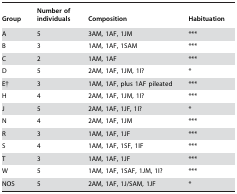
<table><thead><tr><td><b>Group</b></td><td><b>Number of individuals</b></td><td><b>Composition</b></td><td><b>Habituation</b></td></tr></thead><tbody><tr><td>A</td><td>5</td><td>3AM, 1AF, 1JM</td><td>***</td></tr><tr><td>B</td><td>3</td><td>1AM, 1AF, 1SAM</td><td>***</td></tr><tr><td>C</td><td>2</td><td>1AM, 1AF</td><td>***</td></tr><tr><td>D</td><td>5</td><td>2AM, 1AF, 1JM, 1I?</td><td>*</td></tr><tr><td>E†</td><td>3</td><td>1AM, 1AF, plus 1AF pileated</td><td>***</td></tr><tr><td>H</td><td>4</td><td>2AM, 1AF, 1JM, 1I?</td><td>***</td></tr><tr><td>J</td><td>5</td><td>2AM, 1AF, 1JF, 1I?</td><td>*</td></tr><tr><td>N</td><td>4</td><td>2AM, 1AF, 1JM</td><td>***</td></tr><tr><td>R</td><td>3</td><td>1AM, 1AF, 1JF</td><td>***</td></tr><tr><td>S</td><td>4</td><td>1AM, 1AF, 1SF, 1IF</td><td>***</td></tr><tr><td>T</td><td>3</td><td>1AM, 1AF, 1JF</td><td>***</td></tr><tr><td>W</td><td>5</td><td>1AM, 1AF, 1SAF, 1JM, 1I?</td><td>***</td></tr><tr><td>NOS</td><td>5</td><td>2AM, 1AF, 1J/SAM, 1JF</td><td>*</td></tr></tbody></table>